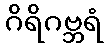
ဂိရိဂဗ္ဘရံ